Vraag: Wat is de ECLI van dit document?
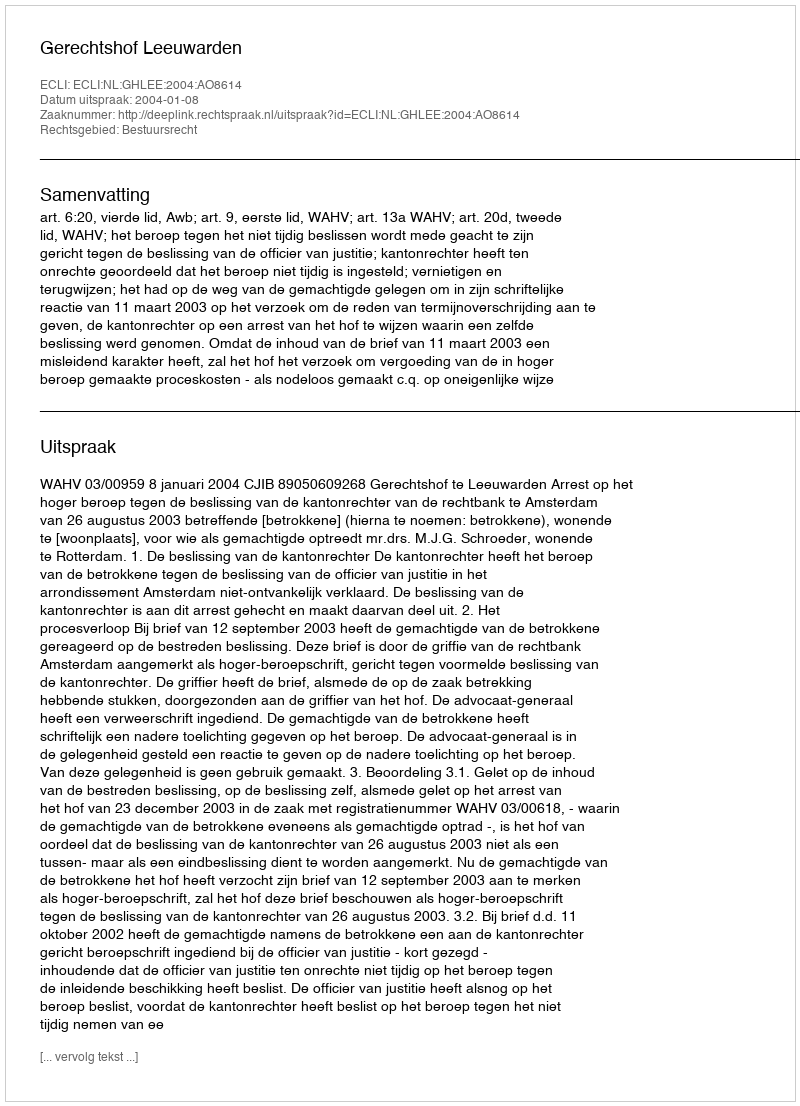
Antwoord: ECLI:NL:GHLEE:2004:AO8614